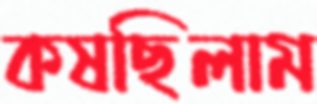
কষছিলাম